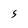
Character: s